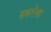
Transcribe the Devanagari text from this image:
सकलेश्वर